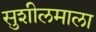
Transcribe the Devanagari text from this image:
सुशीलमाला